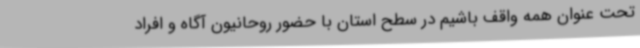
تحت عنوان همه واقف باشیم در سطح استان با حضور روحانیون آگاه و افراد